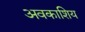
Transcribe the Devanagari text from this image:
अवकाशिय